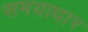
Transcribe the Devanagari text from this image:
समयाधार